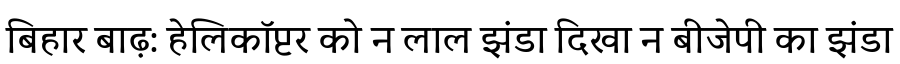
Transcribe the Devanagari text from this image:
बिहार बाढ़: हेलिकॉप्टर को न लाल झंडा दिखा न बीजेपी का झंडा